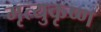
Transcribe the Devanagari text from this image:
मृत्युकृष्ण